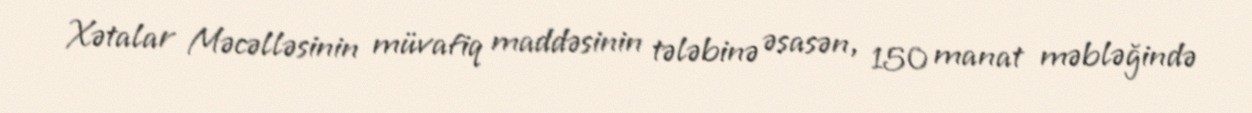
Xətalar Məcəlləsinin müvafiq maddəsinin tələbinə əsasən, 150 manat məbləğində